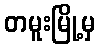
တမူးမြို့မှ